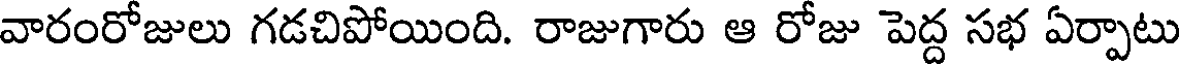
వారంరోజులు గడచిపోయింది. రాజుగారు ఆ రోజు పెద్ద సభ ఏర్పాటు